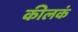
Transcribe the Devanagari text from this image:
कीलकं